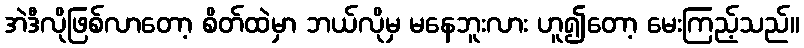
အဲဒီလိုဖြစ်လာတော့ စိတ်ထဲမှာ ဘယ်လိုမှ မနေဘူးလား ဟူ၍တော့ မေးကြည့်သည်။